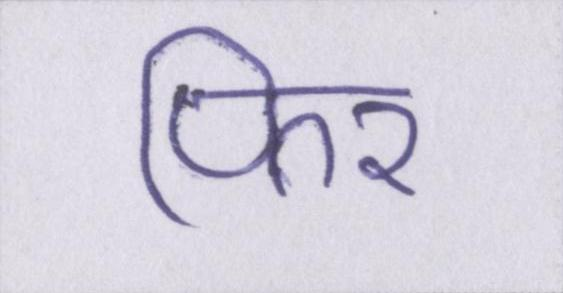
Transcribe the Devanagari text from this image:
फिर